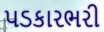
પડકારભરી